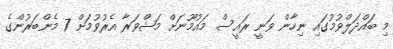
މި ބައްދަލްވުމުގައި ނިހާން ވަނީ ރައީސް މައުމޫނަށް މަޝްވަރާ އެރުވުމަށް 7 މެންބަރުންގެ